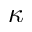
\kappa